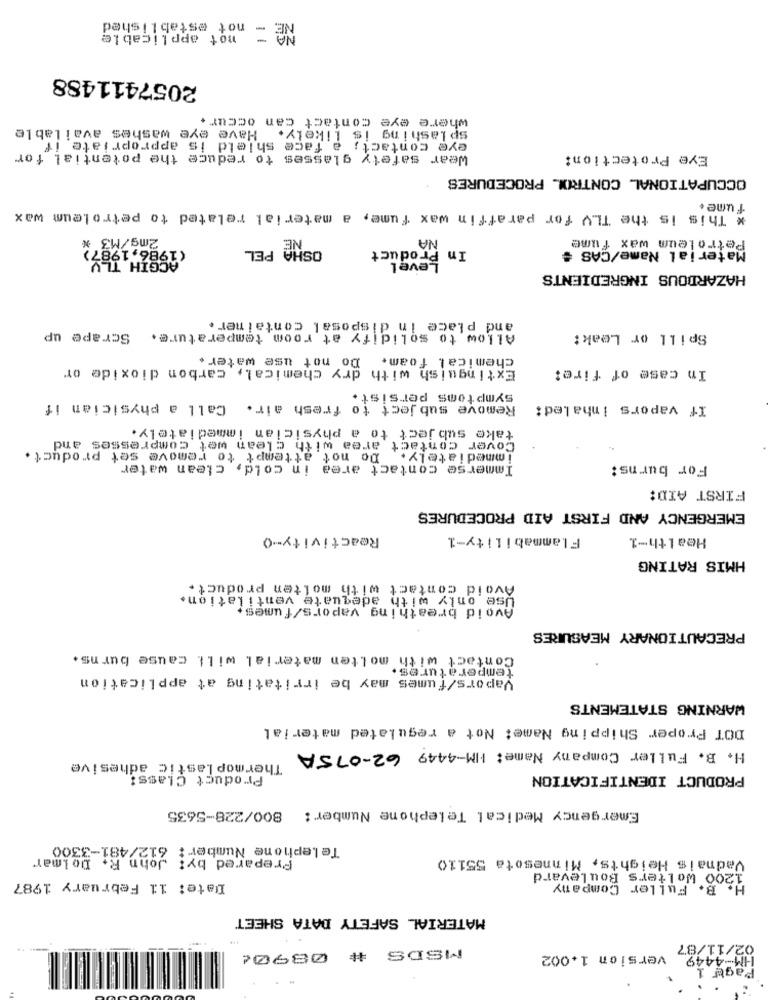
not established
NO =
not applicable
2057411488
where eye contact can occur .
splashing is Likely. Have eye washes available
eye contact; a face shield is appropriate if
Wear safety glasses to reduce the potential for
Eye Protection:
OCCUPATIONAL CONTROL. PROCEDURES
fume+
* This is the TLV for paraffin wax fume, a material related to petroleum wax
2mg/M3 x
NA
Petroleum wax fume
(1986, 1987)
OSHA PEL
In Product
Material Name/CAS #
ACGIH TLV
Level
HAZARDOUS INGREDIENTS
and place in disposal container.
Scrape up
Allow to solidify at room temperature.
Spill or Leak:
Do not use water.
chemical foam.
Extinguish with dry chemical, carbon dioxide or
In case of fire:
symptoms persist.
Remove sub ject to fresh air. Call a physician if
If vapors inhaled;
take sub ject to a physician immediately.
Cover contact area with clean wet compresses and
Do not attempt to remove set product.
immediately.
Immerse contact area in cold, clean water
For burns:
FIRST AID:
EMERGENCY AND FIRST AID PROCEDURES
Reactivity-O
Flammability-1
Health-1
HMIS RATING
Avoid contact with molten product.
Use only with adequate ventilation.
Avoid breathing vapors/fumes,
PRECAUTIONARY MEASURES
Contact with molten material will cause burns.
temperatures.
Vapors/fumes may be irritating at application
WARNING STATEMENTS
DOT Proper Shipping Name: Not a regulated material
H. B. Fuller Company Name: HIM-4449 62-075A
Thermoplastic adhesive
Product Class:
PRODUCT IDENTIFICATION
Emergency Medical Telephone Number: 800/228-5635
Telephone Number : 612/481-3300
Vadnais Heights, Minnesota 55110
1200 Wolters Boulevard
Date: 11 February 1987
H. B. Fuller Company
MATERIAL SAFETY DATA SHEET
11/87
MSDS # 08904
version 1.002
4449
Page 1